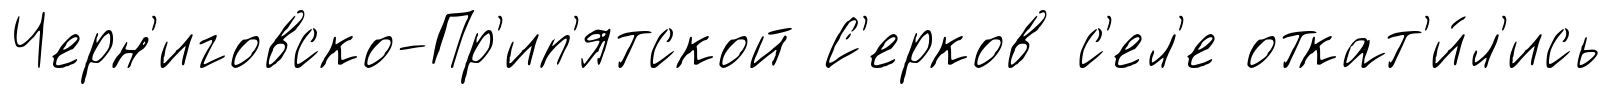
Черн'иговско-Пр'ип'ятской С'ерков с'ел'е откат'и́л'ись